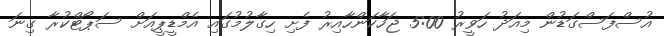
އުސްފަސްގަޑުން މިއަދު ހަވީރު 5:00 ޖަހާކަންހާއިރު ފެށި ހިގާލުމުގައި އެމްޑީޕީއަށް ސަޕޯޓްކުރާ ގިނަ